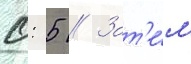
0: 5 // Зат'е́м